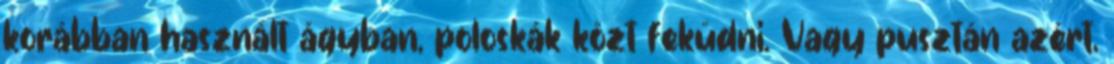
korábban használt ágyban, poloskák közt feküdni. Vagy pusztán azért,